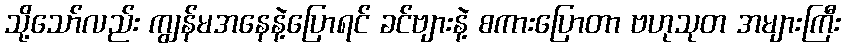
သို့သော်လည်း ကျွန်မအနေနဲ့ပြောရင် ခင်ဗျားနဲ့ စကားပြောတာ ဗဟုသုတ အများကြီး